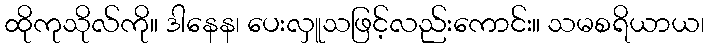
ထိုကုသိုလ်ကို။ ဒါနေန၊ ပေးလှူသဖြင့်လည်းကောင်း။ သမစရိယာယ၊